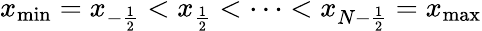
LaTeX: x_{\mathrm{min}}=x_{-\frac{1}{2}}<x_{\frac{1}{2}}<\dots<x_{N-\frac{1}{2}}=x_{\mathrm{max}}